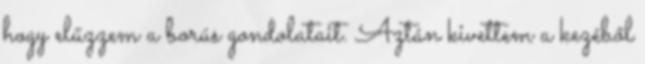
hogy elűzzem a borús gondolatait. Aztán kivettem a kezéből